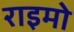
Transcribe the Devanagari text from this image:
राइमो